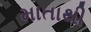
માતાથી